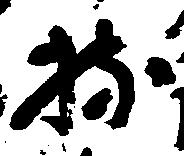
持